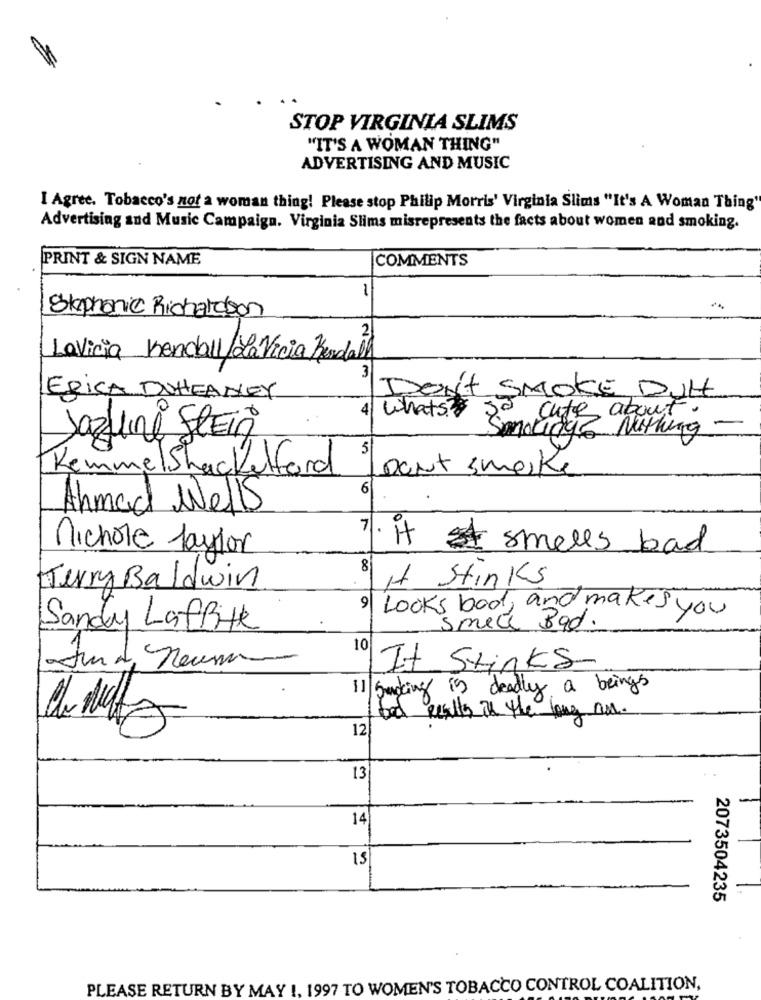
STOP VIRGINIA SLIMS
"IT'S A WOMAN THING"
ADVERTISING AND MUSIC
I Agree. Tobacco's not a woman thing! Please stop Philip Morris' Virginia Slims "It's A Woman Thing"
Advertising and Music Campaign. Virginia Slims misrepresents the facts about women and smoking.
PRINT & SIGN NAME
COMMENTS
1
Skphonic Richardson
2
LaViria Kendall/LaVicia Kendall
3
ERICA DUHEANEY
DON'T SMOKE DUtt
4
whats go
cute about.
Jazline StEin
Smoking Nuthing -
5
KemmelShackelford
part smelke
6
Ahmad Wells
nichole Payfor
7. It smells bad
8
Terry Baldwin
, Stinks
a
Looks bad, and makes you
Sandy Laffite
Smede Bad.
10
Jura neumann
It Stinks
11 Sucking is deadly a beings
tel Results in the long no.
12
13
14
15
2073504235
PLEASE RETURN BY MAY !, 1997 TO WOMEN'S TOBACCO CONTROL COALITION,